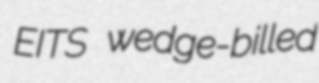
EITS wedge-billed